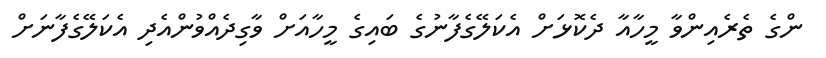
ންގެ ތެރެއިންވާ މީހާއާ ދެކޮޅަށް އެކަލޭގެފާނުގެ ބައިގެ މީހާއަށް ވާގިދެއްވުންއެދި އެކަލޭގެފާނަށް